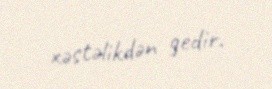
xəstəlikdən gedir.